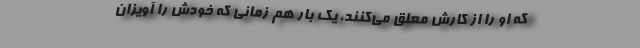
که او را از کارش معلق می‌کنند، یک بار هم زمانی که خودش را آویزان